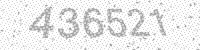
Solution: 436521